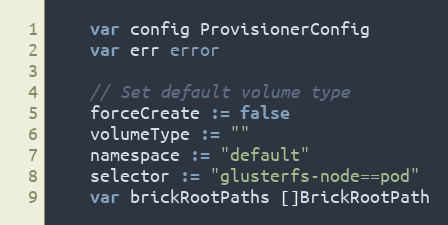
Language: Go
	var config ProvisionerConfig
	var err error

	// Set default volume type
	forceCreate := false
	volumeType := ""
	namespace := "default"
	selector := "glusterfs-node==pod"
	var brickRootPaths []BrickRootPath